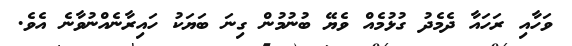
ވަހާއި ރަހައާ ދެމެދު ގުޅުމެއް ވެޔޭ ބުނުމުން ގިނަ ބަޔަކު ހައިރާނެއްނުވާނެ އެވެ.